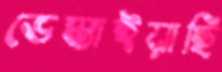
ভেস্তাইয়াছি